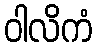
ဝါလိကံ